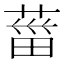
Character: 葘